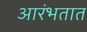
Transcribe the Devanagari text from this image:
आरंभतात